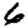
Digit: 6